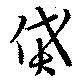
貨